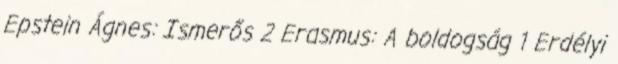
Epstein Ágnes: Ismerős 2 Erasmus: A boldogság 1 Erdélyi